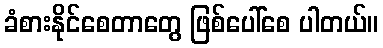
ခံစားနိုင်စေတာတွေ ဖြစ်ပေါ်စေ ပါတယ်။